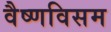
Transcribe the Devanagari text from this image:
वैष्णविसम